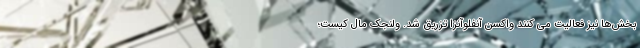
بخش‌ها نیز فعالیت می کنند واکسن آنفلوآنزا تزریق شد. ولنجک مال کیست؛